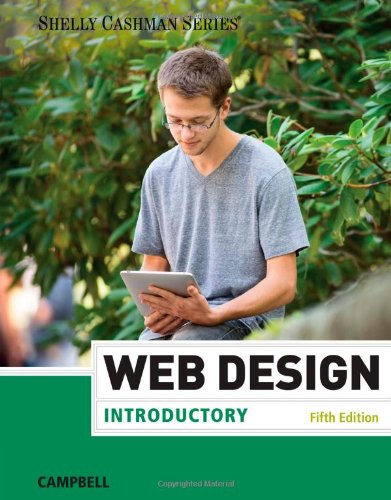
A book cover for Web Design: Introductory (Shelly Cashman); Jennifer T. Campbell; Computers & Technology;